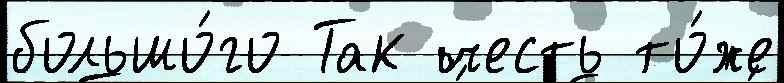
большо́го Так честь то́же